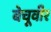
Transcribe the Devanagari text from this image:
बेचूवीर